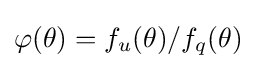
\varphi (\theta )=f_{u}(\theta )/f_{q}(\theta )